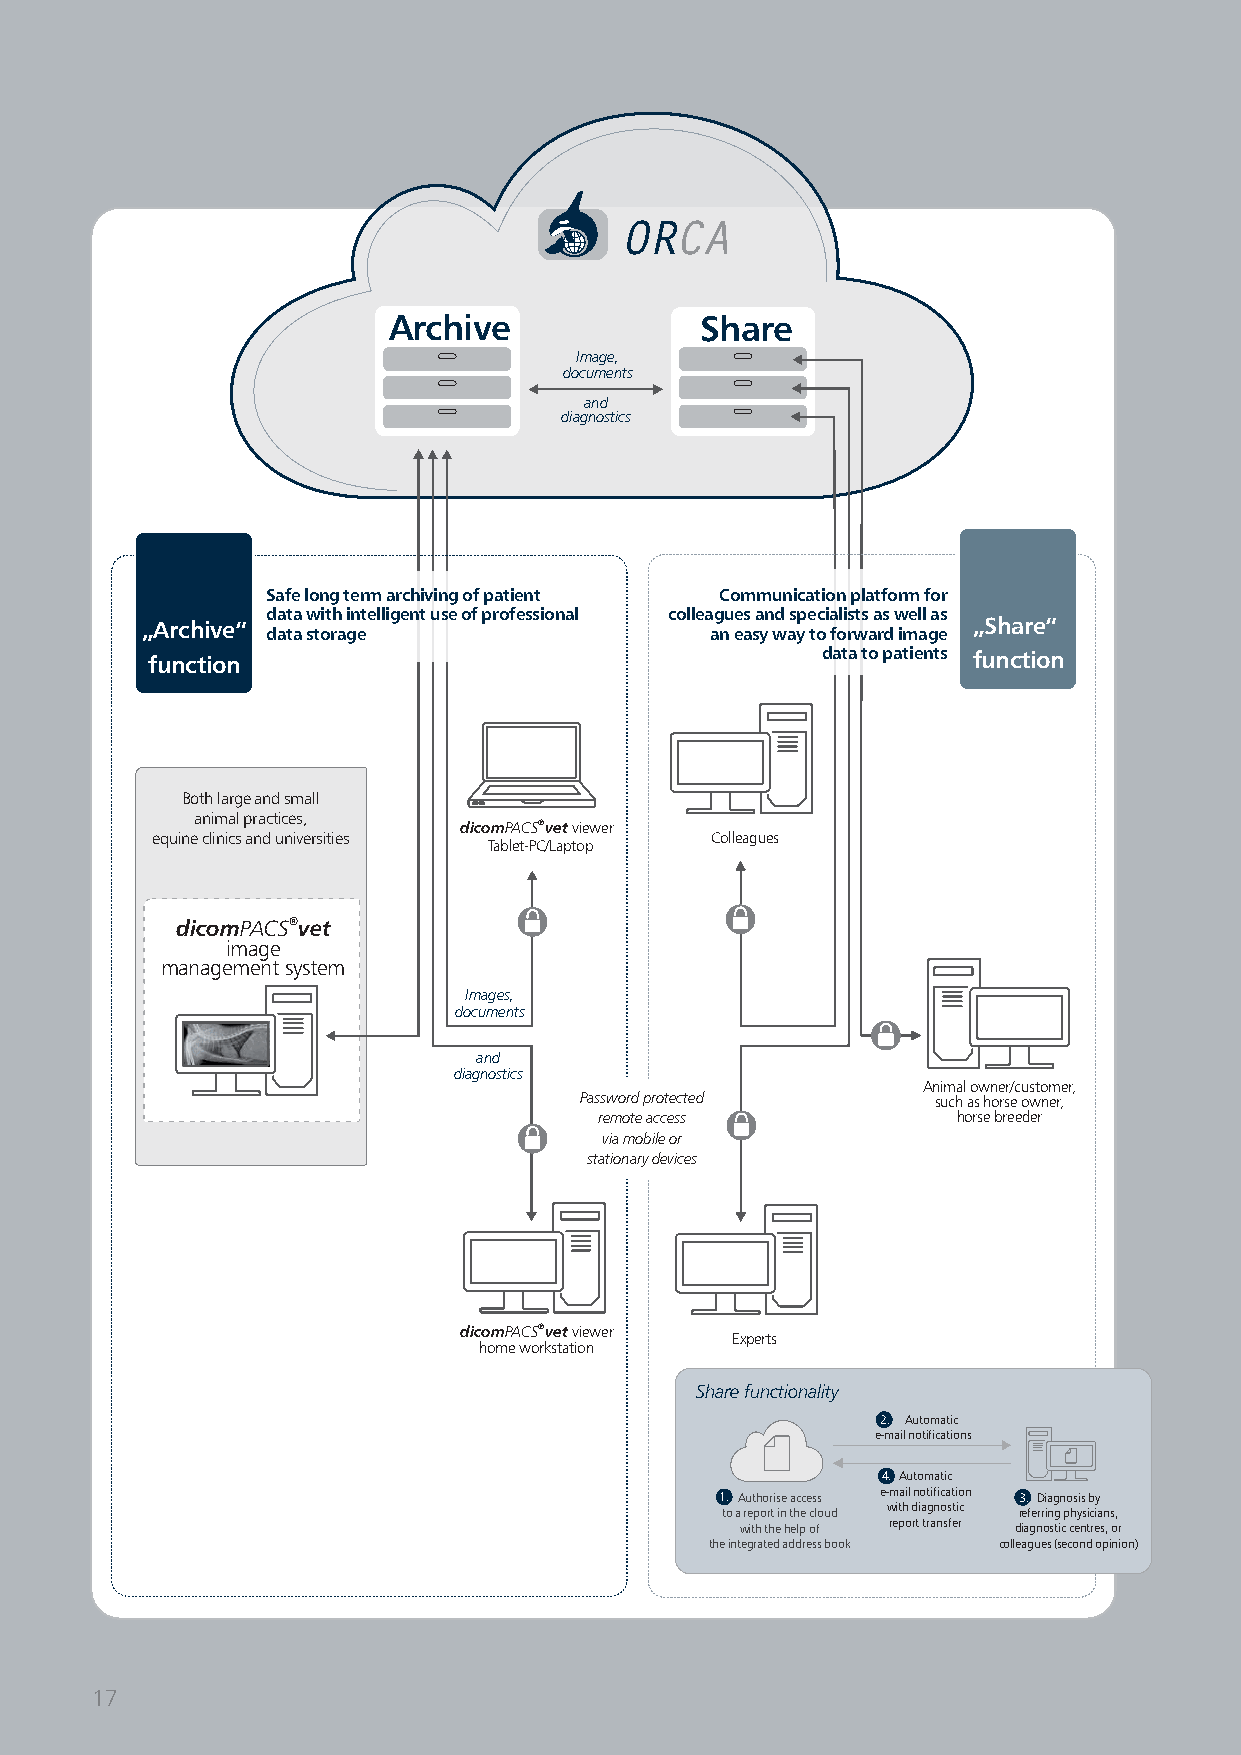
ORCA
 Archive             Share
 Image,
 documents
 and
 diagnostics
 Safelongtermarchivingofpatient Communicationplatformfor
 datawithintelligentuseofprofessional colleaguesandspecialistsaswellas
 „Archive“ datastorage                 aneasywaytoforwardimage „Share“
 function                                    datatopatients function
 Bothlargeandsmall
 animalpractices,
 dicomPACS®vetviewer
 equineclinicsanduniversities         Colleagues
 Tablet-PC/Laptop
 dicomPACS®vet
 image
 managementsystem
 Images,
 documents
 and
 diagnostics
 Animalowner/customer,
 Passwordprotected       suchashorseowner,
 remoteaccess           horsebreeder
 viamobileor
 stationarydevices
 dicomPACS®vetviewer
 Experts
 homeworkstation
 Sharefunctionality
 2. Automatic
 e-mailnotifications
 4. Automatic
 1. Authoriseaccess e-mailnotification 3. Diagnosisby
 toareportinthecloud withdiagnostic referringphysicians,
 withthehelpof reporttransfer diagnosticcentres,or
 theintegratedaddressbook colleagues(secondopinion)
 17